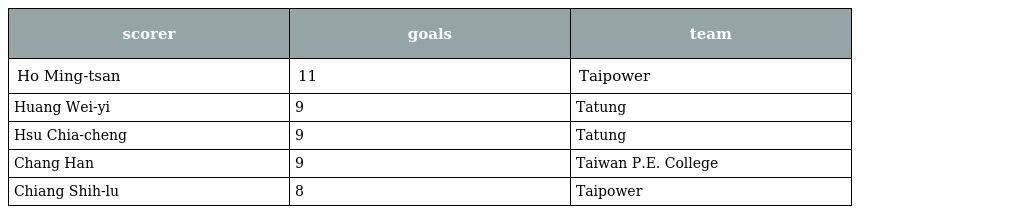
| scorer | goals | team |
 | --- | --- | --- |
 | Ho Ming-tsan | 11 | Taipower |
 | Huang Wei-yi | 9 | Tatung |
 | Hsu Chia-cheng | 9 | Tatung |
 | Chang Han | 9 | Taiwan P.E. College |
 | Chiang Shih-lu | 8 | Taipower |